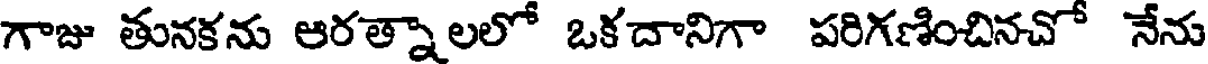
గాజు తునకను ఆరత్నాలలో ఒకదానిగా పరిగణించినచో నేను